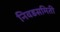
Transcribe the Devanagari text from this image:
निवडसमिती